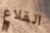
القلاع